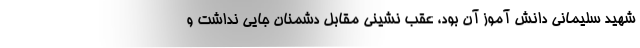
شهید سلیمانی دانش آموز آن بود، عقب نشینی مقابل دشمنان جایی نداشت و